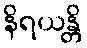
နိရယန္တိ